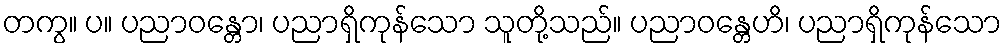
တကွ။ ပ။ ပညာဝန္တော၊ ပညာရှိကုန်သော သူတို့သည်။ ပညာဝန္တေဟိ၊ ပညာရှိကုန်သော